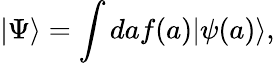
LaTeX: |\Psi\rangle=\int daf(a)|\psi(a)\rangle,